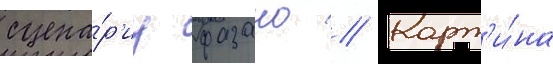
сцена́р'иу фазано // Карт'и́на